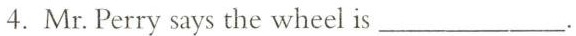
4.Mr. Perry says the wheel is___